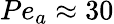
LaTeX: Pe_{a}\approx 30